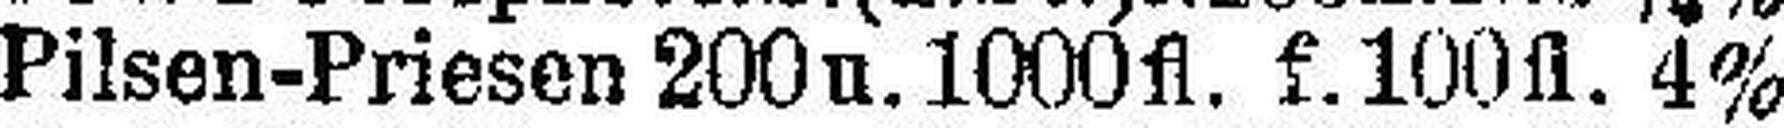
Pilsen-Priesen 200 u. 1000 fl. f. 100 fl. 4%